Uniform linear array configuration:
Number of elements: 64
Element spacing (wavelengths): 1
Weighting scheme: uniform
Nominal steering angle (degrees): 15
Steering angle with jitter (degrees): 14.427
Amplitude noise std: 0.05
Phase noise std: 0.05

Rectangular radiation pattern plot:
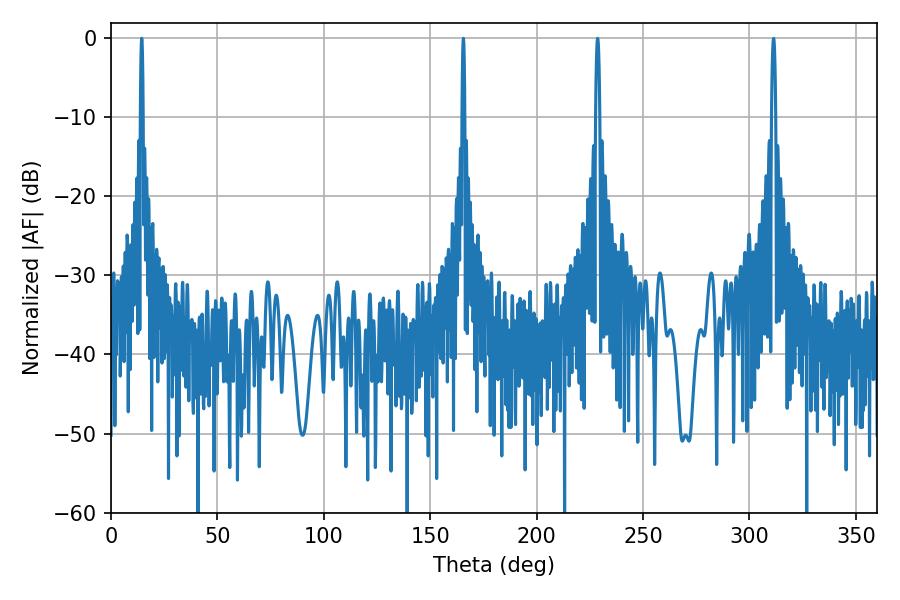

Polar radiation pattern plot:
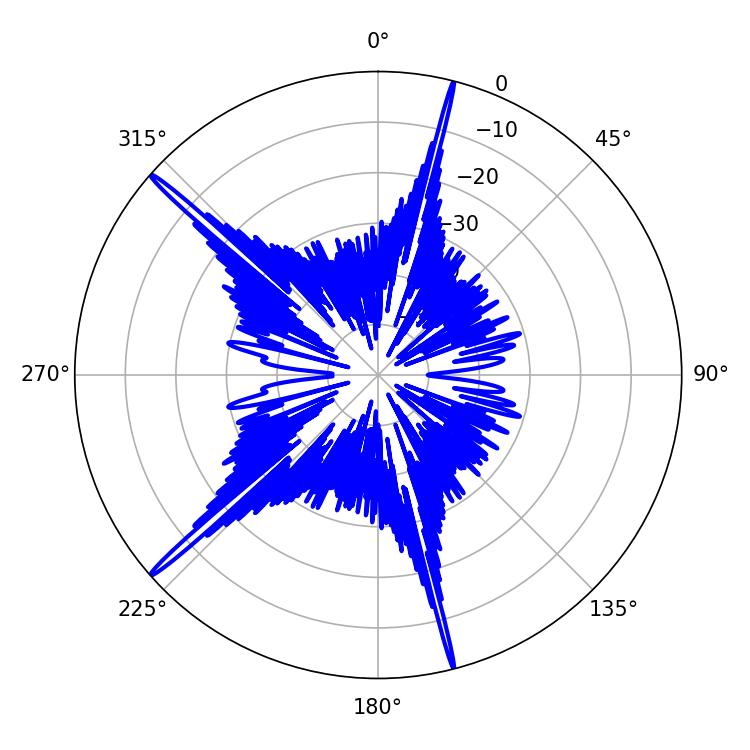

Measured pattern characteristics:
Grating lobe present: TRUE
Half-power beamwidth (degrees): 0.72
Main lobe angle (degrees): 14.4